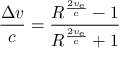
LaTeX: { \frac { \Delta v } { c } } = { \frac { R ^ { \frac { 2 v _ { \mathrm { e } } } { c } } - 1 } { R ^ { \frac { 2 v _ { \mathrm { e } } } { c } } + 1 } }